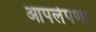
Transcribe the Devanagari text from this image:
आपलेपणा